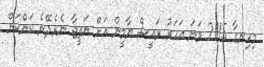
މިހިނގާ 2015 ވަނަ އަހަރު ރައީސް ޔާމީން އަށް ނަތީޖާ ނެރެދޭނެ ކަންކަން